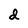
Character: d